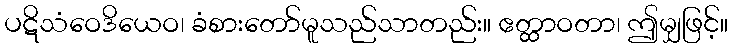
ပဋိသံဝေဒိယေဝ၊ ခံစားတော်မူသည်သာတည်း။ ဧတ္ထာဝတာ၊ ဤမျှဖြင့်။